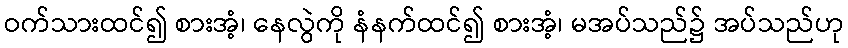
ဝက်သားထင်၍ စားအံ့၊ နေလွဲကို နံနက်ထင်၍ စားအံ့၊ မအပ်သည်၌ အပ်သည်ဟု